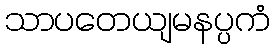
သာပတေယျမနပ္ပကံ